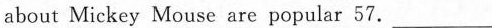
about Mickey Mouse are popular 57. ___